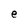
Character: e